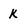
Character: K